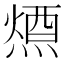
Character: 𭵷